Malaria in the Punjab - Number 46
Disease focus: Malaria
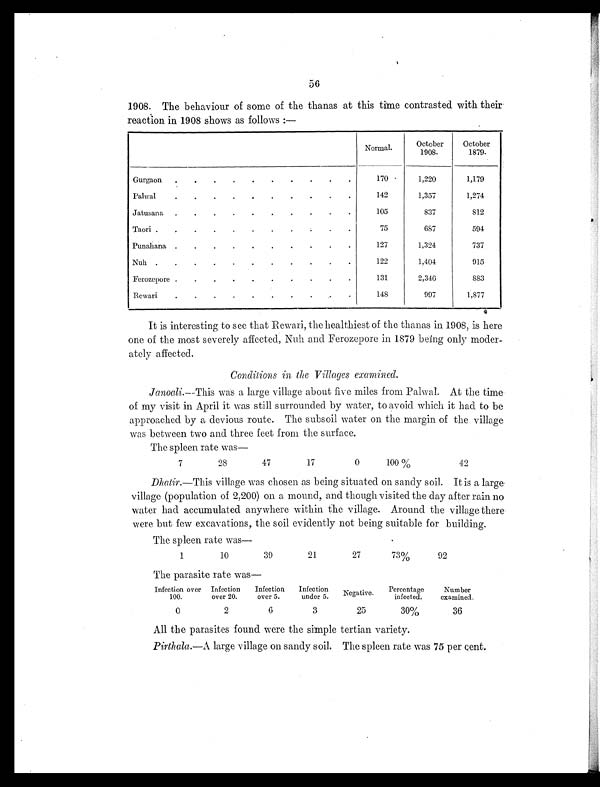
56
1908. The behaviour of some of the thanas at this time contrasted with their
reaction in 1908 shows as follows:—
Normal.
October
1908.
October
1879.
Gurgaon .
.
.
.
.
.
.
.
. .
170
1,220
1,179
Palwal
.
.
.
.
.
.
.
.
. .
142
1,357
1,274
Jatusana .
.
.
.
.
.
.
.
. .
105
837
812
Taori .
.
.
.
.
.
.
. .
. .
75
687
594
Punahana .
.
.
.
.
.
.
.
. .
127
1,324
737
Nuh .
.
.
.
.
.
.
. .
. .
122
1,404
915
Ferozepore .
.
.
.
.
.
. .
. .
131
2,346
883
Rewari
.
.
.
.
.
.
.
.
. .
148
997
1,877
It is interesting to see that Rewari, the healthiest of the thanas in 1908, is here
one of the most severely affected, Nuh and Ferozepore in 1879 being only moder-
ately affected.
Conditions in the Villages examined.
Janoali.—This was a large village about five miles from Palwal. At the time
of my visit in April it was still surrounded by water, to avoid which it had to be
approached by a devious route. The subsoil water on the margin of the village
was between two and three feet from the surface.
The spleen rate was
—
7
28
47
17
0
100%
42
Dhatir.—This village was chosen as being situated on sandy soil. It is a large
village (population of 2,200) on a mound, and though visited the day after rain no
water had accumulated anywhere within the village. Around the village there
were but few excavations, the soil evidently not being suitable for building.
The spleen rate was
—
1
10
39
21
27
73%
92
The parasite rate was—
Infection over
100.
Infection
over 20.
Infection
over 5.
Infection
under 5. Negative. Percentage
infected.
Number
examined.
0
2
6
3
25
30%
36
All the parasites found were the simple tertian variety.
Pirthala. —A large village on sandy soil. The spleen rate was 75 per cent.